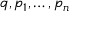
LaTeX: q , p _ { 1 } , \ldots , p _ { n }